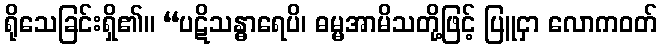
ရိုသေခြင်းရှိ၏။ “ပဋိသန္ဓာရေပိ၊ ဓမ္မအာမိသတို့ဖြင့် ပြူငှာ လောကဝတ်